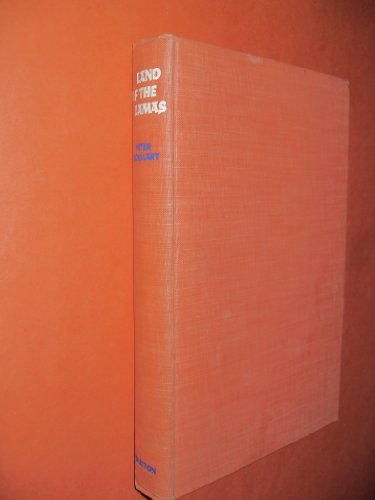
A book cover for Land of the lamas;: Adventures in secret Tibet; Peter Goullart; Travel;